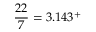
{ \frac { 2 2 } { 7 } } = 3 . 1 4 3 ^ { + }